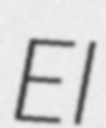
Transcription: El